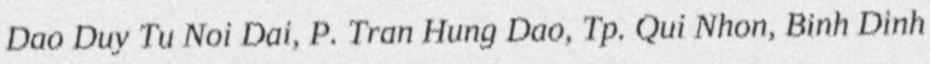
Dao Duy Tu Noi Dai, P. Tran Hung Dao, Tp. Qui Nhon, Binh Dinh